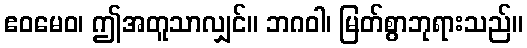
ဧဝမေဝ၊ ဤအတူသာလျှင်။ ဘဂဝါ၊ မြတ်စွာဘုရားသည်။